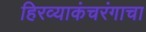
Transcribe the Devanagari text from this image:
हिरव्याकंचरंगाचा